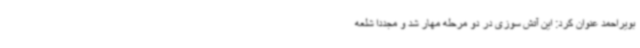
بویراحمد عنوان کرد: این آتش سوزی در دو مرحله مهار شد و مجددا شلعه